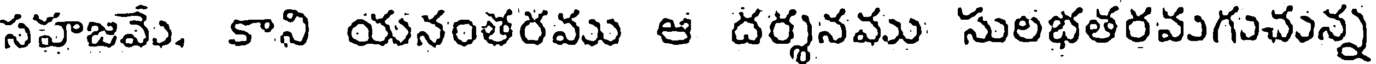
సహజవే. కాని యనంతరము ఆ దర్శనము సులభతరవుగుచున్న